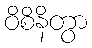
ဝိစိနိတွာ